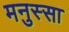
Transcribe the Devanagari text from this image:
मनुस्सा